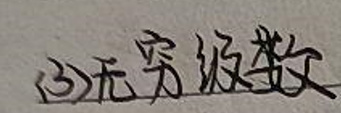
(3)无穷级数